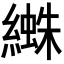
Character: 𦅱